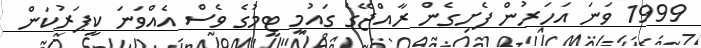
1999 ވަނަ އަހަރުން ފެށިގެން ރާއްޖޭގެ ގައުމީ ޓީމުގެ ވެސް އެއްވަނަ ކީޕަރުކަން